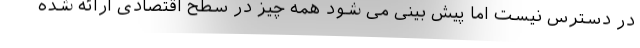
در دسترس نیست اما پیش بینی می شود همه چیز در سطح اقتصادی ارائه شده